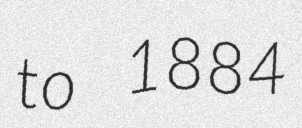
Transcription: to 1884